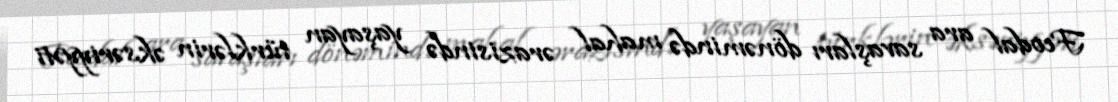
Feodal ara savaşları dönəmində mahal ərazisində yaşayan türklərin əksəriyyəti